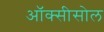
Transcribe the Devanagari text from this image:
ऑक्सीसोल